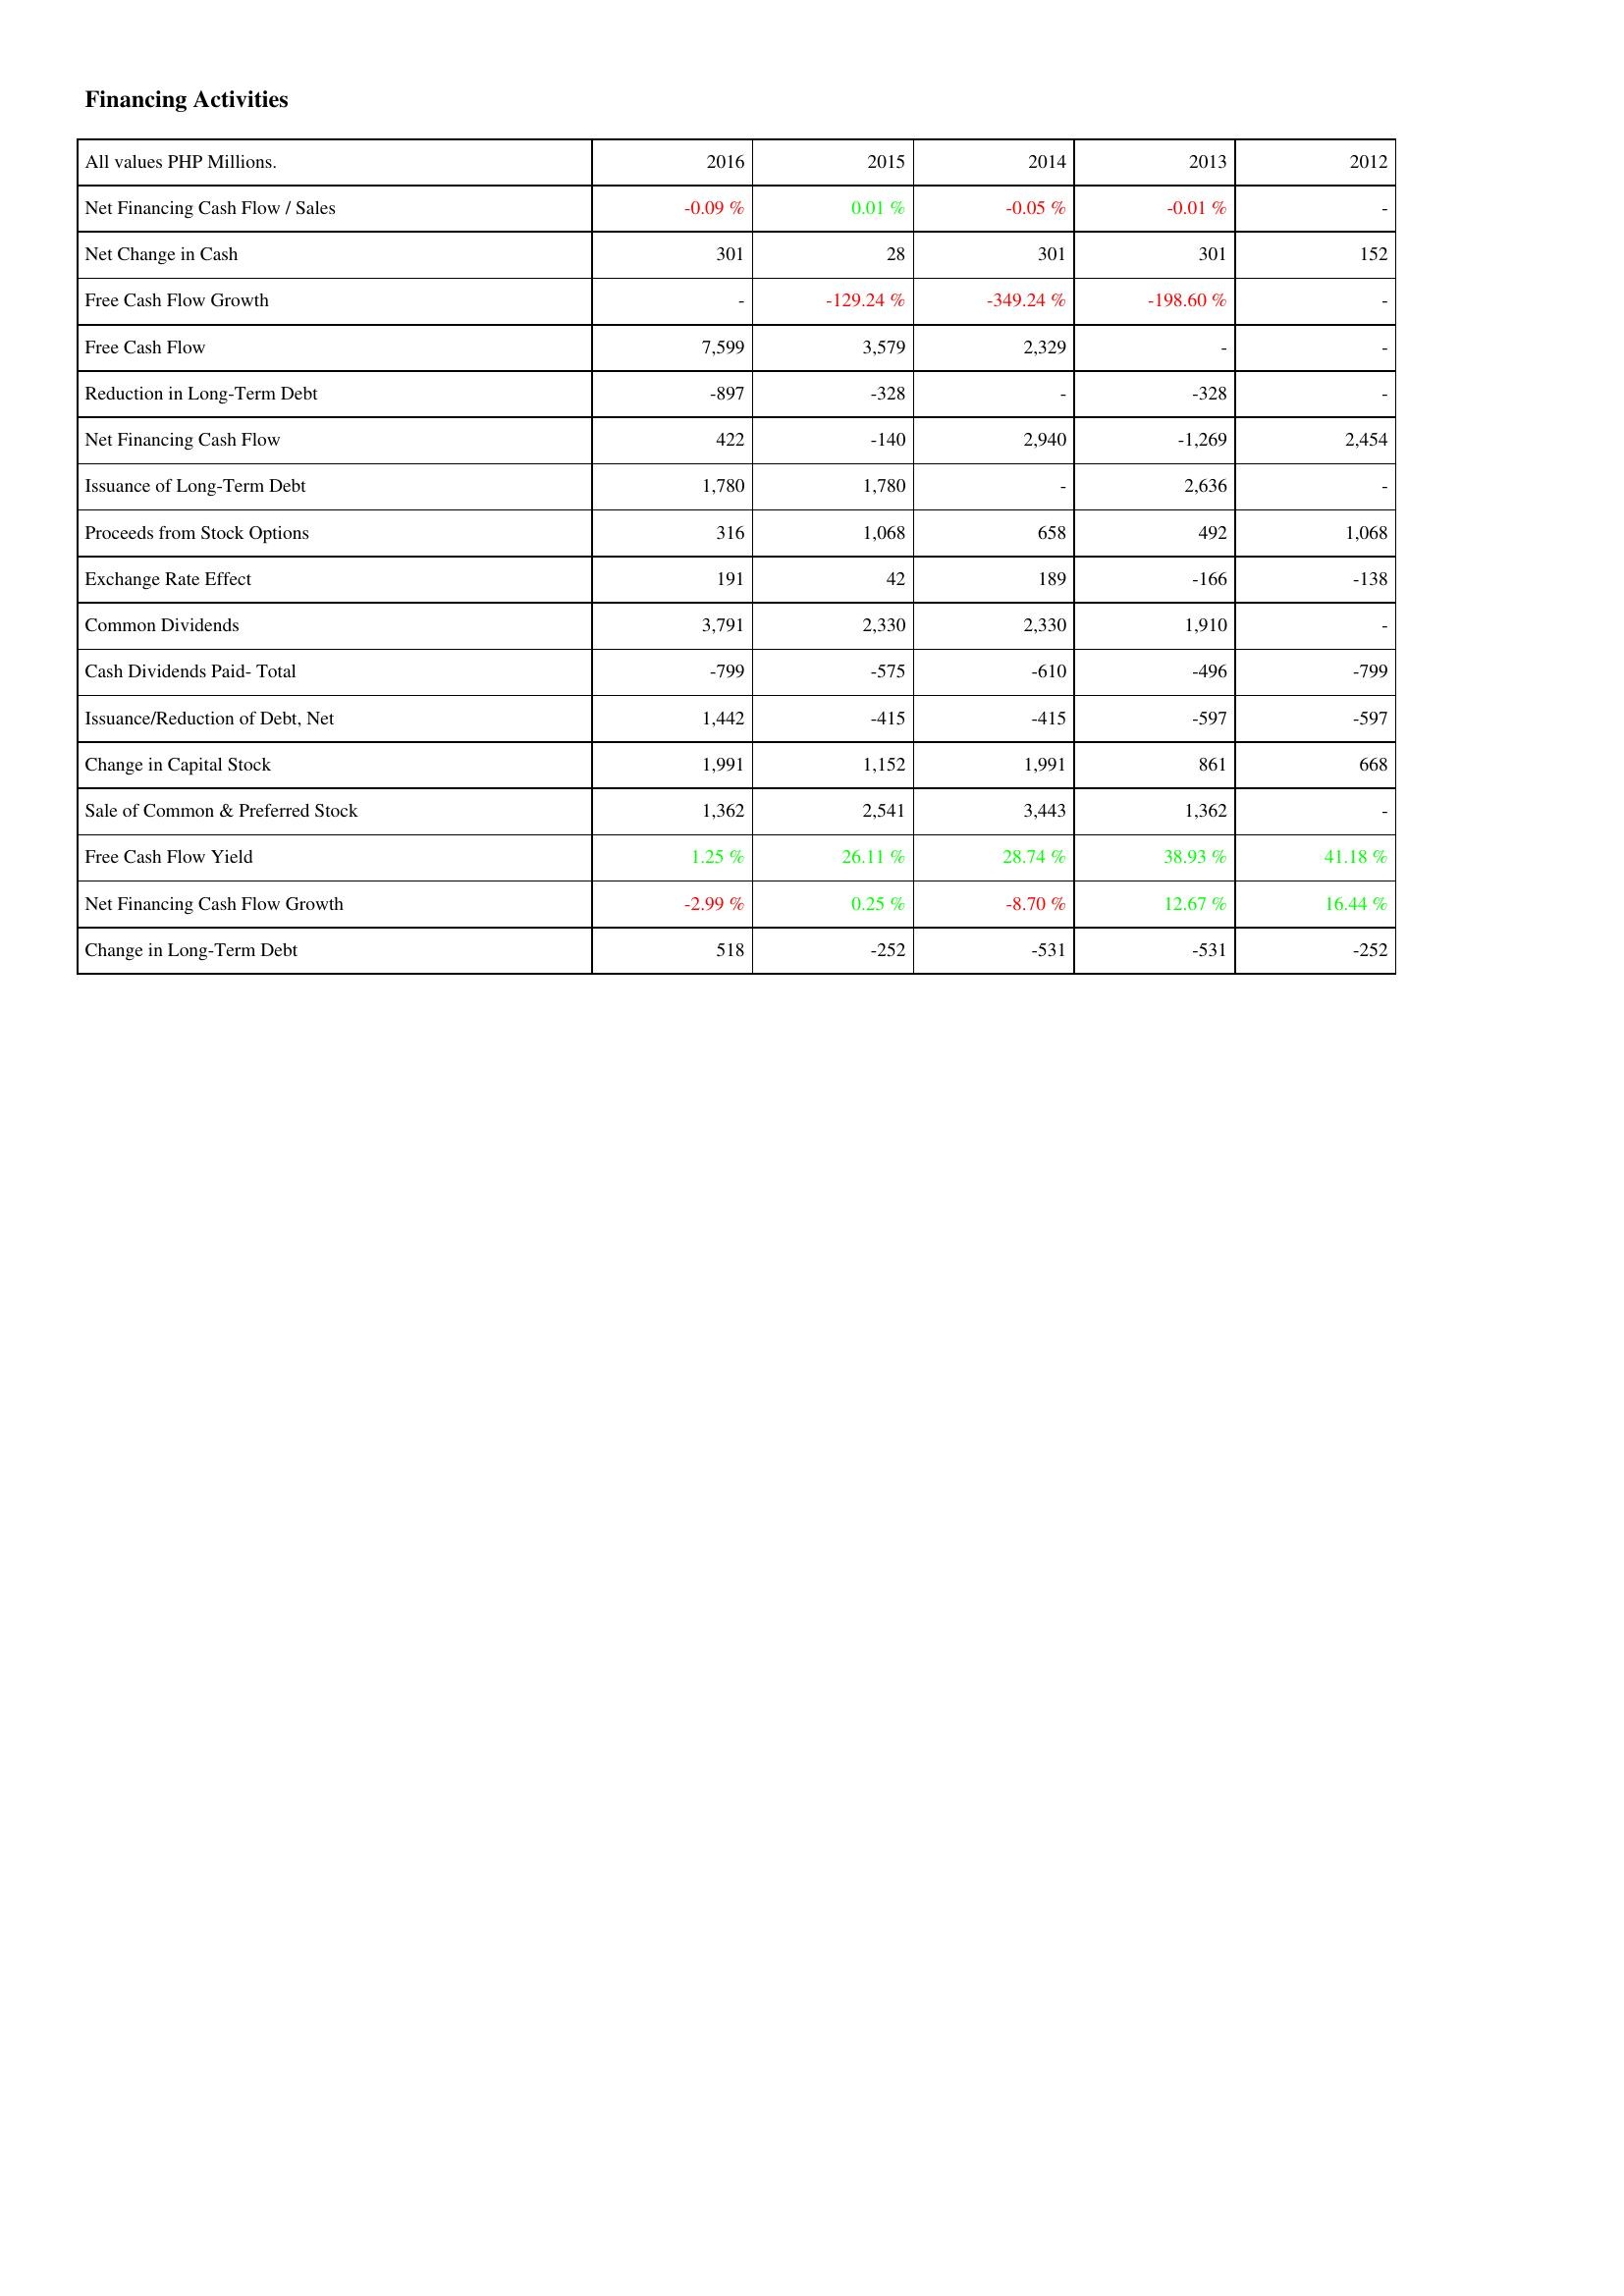
2016: Financing Activities: Net Financing Cash Flow / Sales: -0.09 %
Net Change in Cash: 301
Free Cash Flow Growth: -
Free Cash Flow: 7,599
Reduction in Long-Term Debt: -897
Net Financing Cash Flow: 422
Issuance of Long-Term Debt: 1,780
Proceeds from Stock Options: 316
Exchange Rate Effect: 191
Common Dividends: 3,791
Cash Dividends Paid- Total: -799
Issuance/Reduction of Debt, Net: 1,442
Change in Capital Stock: 1,991
Sale of Common & Preferred Stock: 1,362
Free Cash Flow Yield: 1.25 %
Net Financing Cash Flow Growth: -2.99 %
Change in Long-Term Debt: 518
2015: Financing Activities: Net Financing Cash Flow / Sales: 0.01 %
Net Change in Cash: 28
Free Cash Flow Growth: -129.24 %
Free Cash Flow: 3,579
Reduction in Long-Term Debt: -328
Net Financing Cash Flow: -140
Issuance of Long-Term Debt: 1,780
Proceeds from Stock Options: 1,068
Exchange Rate Effect: 42
Common Dividends: 2,330
Cash Dividends Paid- Total: -575
Issuance/Reduction of Debt, Net: -415
Change in Capital Stock: 1,152
Sale of Common & Preferred Stock: 2,541
Free Cash Flow Yield: 26.11 %
Net Financing Cash Flow Growth: 0.25 %
Change in Long-Term Debt: -252
2014: Financing Activities: Net Financing Cash Flow / Sales: -0.05 %
Net Change in Cash: 301
Free Cash Flow Growth: -349.24 %
Free Cash Flow: 2,329
Reduction in Long-Term Debt: -
Net Financing Cash Flow: 2,940
Issuance of Long-Term Debt: -
Proceeds from Stock Options: 658
Exchange Rate Effect: 189
Common Dividends: 2,330
Cash Dividends Paid- Total: -610
Issuance/Reduction of Debt, Net: -415
Change in Capital Stock: 1,991
Sale of Common & Preferred Stock: 3,443
Free Cash Flow Yield: 28.74 %
Net Financing Cash Flow Growth: -8.70 %
Change in Long-Term Debt: -531
2013: Financing Activities: Net Financing Cash Flow / Sales: -0.01 %
Net Change in Cash: 301
Free Cash Flow Growth: -198.60 %
Free Cash Flow: -
Reduction in Long-Term Debt: -328
Net Financing Cash Flow: -1,269
Issuance of Long-Term Debt: 2,636
Proceeds from Stock Options: 492
Exchange Rate Effect: -166
Common Dividends: 1,910
Cash Dividends Paid- Total: -496
Issuance/Reduction of Debt, Net: -597
Change in Capital Stock: 861
Sale of Common & Preferred Stock: 1,362
Free Cash Flow Yield: 38.93 %
Net Financing Cash Flow Growth: 12.67 %
Change in Long-Term Debt: -531
2012: Financing Activities: Net Financing Cash Flow / Sales: -
Net Change in Cash: 152
Free Cash Flow Growth: -
Free Cash Flow: -
Reduction in Long-Term Debt: -
Net Financing Cash Flow: 2,454
Issuance of Long-Term Debt: -
Proceeds from Stock Options: 1,068
Exchange Rate Effect: -138
Common Dividends: -
Cash Dividends Paid- Total: -799
Issuance/Reduction of Debt, Net: -597
Change in Capital Stock: 668
Sale of Common & Preferred Stock: -
Free Cash Flow Yield: 41.18 %
Net Financing Cash Flow Growth: 16.44 %
Change in Long-Term Debt: -252